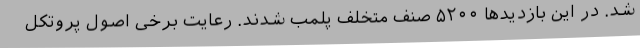
شد. در این بازدیدها ۵۲۰۰ صنف متخلف پلمب شدند. رعایت برخی اصول پروتکل